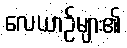
လေယာဉ်များ၏